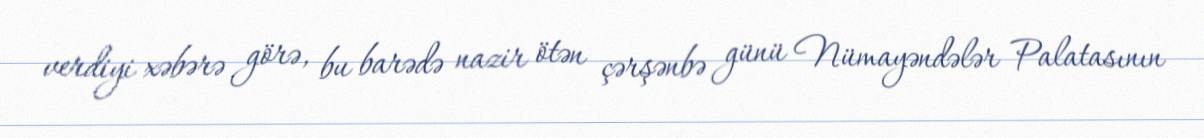
verdiyi xəbərə görə, bu barədə nazir ötən çərşənbə günü Nümayəndələr Palatasının